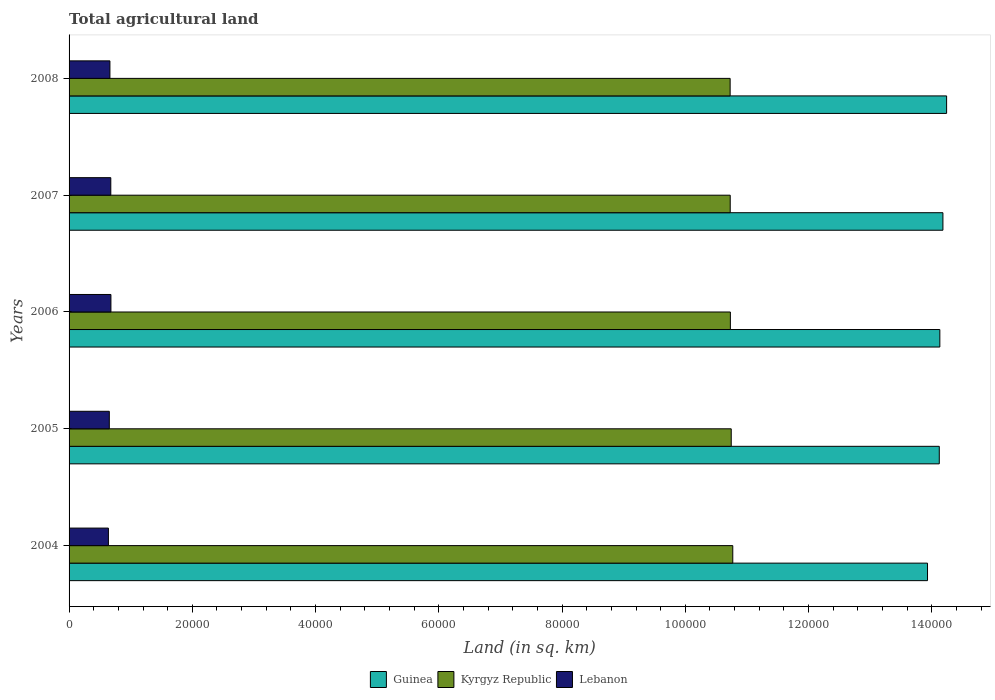
| Years | Guinea | Kyrgyz Republic | Lebanon |
 | --- | --- | --- | --- |
 | 2004 | 1.39e+05 | 1.08e+05 | 6.38e+03 |
 | 2005 | 1.41e+05 | 1.07e+05 | 6.53e+03 |
 | 2006 | 1.41e+05 | 1.07e+05 | 6.79e+03 |
 | 2007 | 1.42e+05 | 1.07e+05 | 6.77e+03 |
 | 2008 | 1.42e+05 | 1.07e+05 | 6.63e+03 |